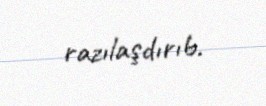
razılaşdırıb.